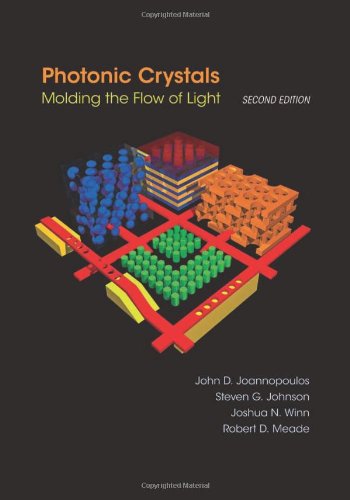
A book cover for Photonic Crystals: Molding the Flow of Light, Second edition; John D. Joannopoulos; Science & Math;